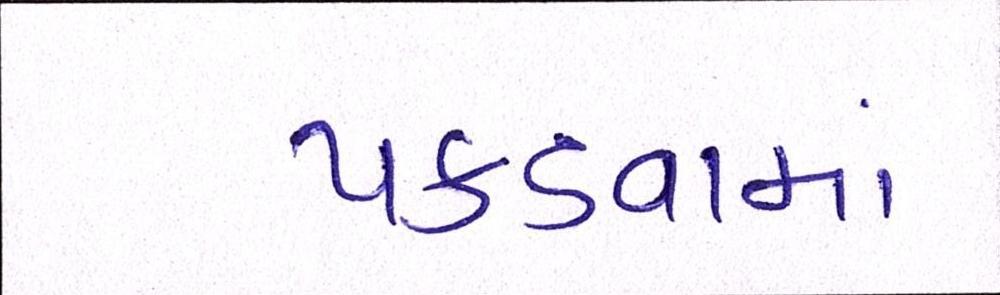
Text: પકડવામાં